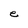
Character: e